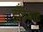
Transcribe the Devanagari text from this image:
डाँठबाट